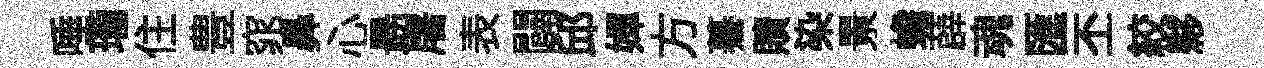
唾瓏住豊窕鼻心朂屠表闢邱嬋方驀贖染㬌蟾薜魂匯丕絞夥